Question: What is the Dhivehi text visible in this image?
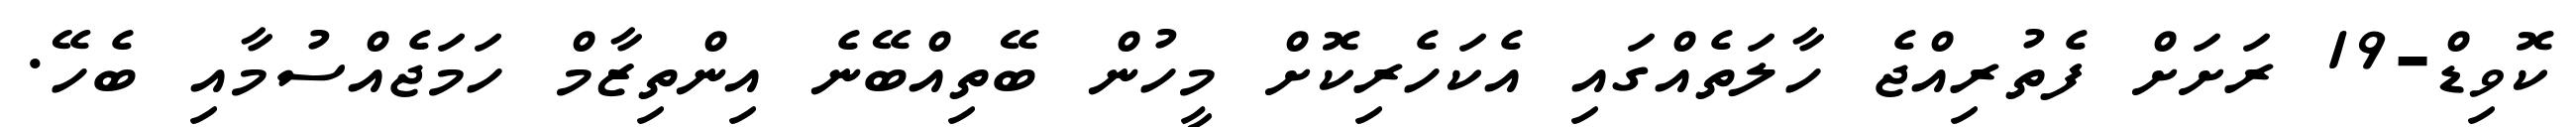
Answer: ކޮވިޑް-19 ރަށަށް ފެތުރިއްޖެ ހާލަތެއްގައި އެކަހެރިކޮށް މީހުން ބޭތިއްބޭނެ އިންތިޒާމް ހަމަޖެއްސުމާއި ބެހޭ.